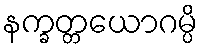
နက္ခတ္တယောဂမ္ပိ